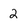
Character: 2